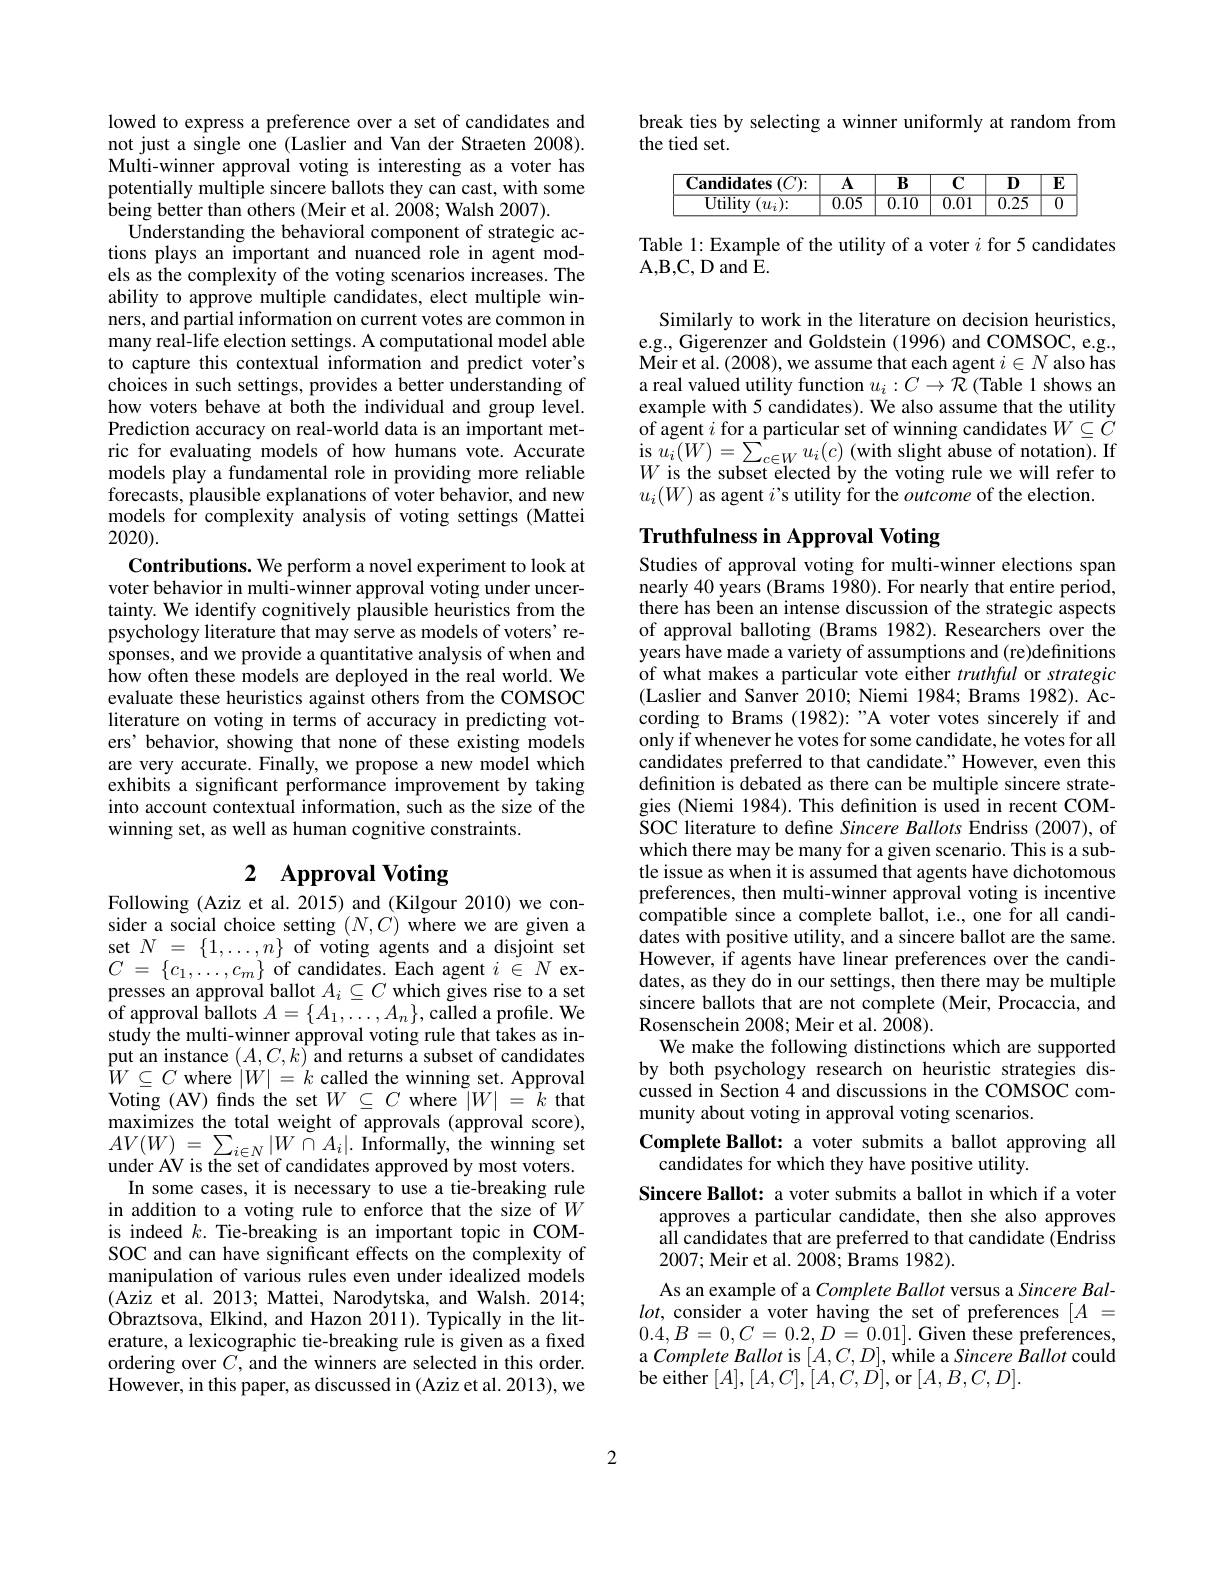
lowed to express a preference over a set of candidates and not just a single one (Laslier and Van der Straeten 2008). Multi-winner approval voting is interesting as a voter has potentially multiple sincere ballots they can cast, with some $\hat{\text{being better than others }}($Meir et al. 2008; Walsh 2007).
Understanding the behavioral component of strategic actions plays an important and nuanced role in agent models as the complexity of the voting scenarios increases. The ability to approve multiple candidates, elect multiple winners, and partial information on current votes are common in many real-life election settings. A computational model able to capture this contextual information and predict voter's choices in such settings, provides a better understanding of how voters behave at both the individual and group level. Prediction accuracy on real-world data is an important metric for evaluating models of how humans vote. Accurate models play a fundamental role in providing more reliable forecasts, plausible explanations of voter behavior, and new models for complexity analysis of voting settings (Mattei 2020).
Contributions. We perform a novel experiment to look at voter behavior in multi-winner approval voting under uncertainty. We identify cognitively plausible heuristics from the psychology literature that may serve as models of voters' responses, and we provide a quantitative analysis of when and how often these models are deployed in the real world. We evaluate these heuristics against others from the COMSOC literature on voting in terms of accuracy in predicting voters' behavior, showing that none of these existing models are very accurate. Finally, we propose a new model which exhibits a significant performance improvement by taking into account contextual information, such as the size of the winning set, as well as human cognitive constraints.

# 2 Approval Voting

Following (Aziz et al. 2015) and (Kilgour 2010) we consider a social choice setting $(N,C)$ where we are given a set$N_{\alpha}=\{1,\ldots,n\}$of voting agents and a disjoint set $C$ = $\{ c_{1}, \ldots , c_{m}\}$ of candidates. Each agent $i$ $\in$ $N$ expresses an approval ballot $A_i\subseteq C$ which gives rise to a set of approval ballots $A=\{A_1,\ldots,A_n\}$,called a profile. We study the multi-winner approval voting rule that takes as input an instance $(A,C,k)$ and returns a subset of candidates $\begin{array}{l}{\bar{W}\subseteq C\mathrm{~where~}|W|=k\mathrm{~called~the~winning~set.~Approval}}\\{\mathrm{Voting~(AV)~finds~the~set~}W\subseteq C\mathrm{~where~}|W|=k\mathrm{~that}}\end{array}$ maximizes the total weight of approvals (approval score), $AV(W)=\sum_{i\in N}|W\stackrel{\circ}{\cap}A_{i}|.$ Informally, the winning set under AV is the set of candidates approved by most voters.
In some cases, it is necessary to use a tie-breaking rule in addition to a voting rule to enforce that the size of $W$ is indeed $k.$ Tie-breaking is an important topic in COMSOC and can have significant effects on the complexity of manipulation of various rules even under idealized models (Aziz et al. 2013; Mattei, Narodytska, and Walsh. 2014; Obraztsova, Elkind, and Hazon 2011). Typically in the literature, a lexicographic tie-breaking rule is given as a fixed ordering over $C$, and the winners are selected in this order. However, in this paper, as discussed in (Aziz et al. 2013), we

break ties by selecting a winner uniformly at random from
the tied set.
$$\begin{array}{|c|c|c|c|c|c|c|}\hline\textbf{Candidates}(C){:}&\textbf{A}&\textbf{B}&\textbf{C}&\textbf{D}&\textbf{E}\\\hline\text{Utility}(u_i){:}&0.05&0.10&0.01&0.25&0\\\hline\end{array}$$
Table 1: Example of the utility of a voter $i$ for 5 candidates
A, B, C, D and E.

Similarly to work in the literature on decision heuristics, e.g., Gigerenzer and Goldstein (1996) and COMSOC, e.g., Meir et al. (2008), we assume that each agent $i\in N$ also has a real valued utility function $u_i:C\to\mathcal{R}$ (Table 1 shows an example with 5 candidates). We also assume that the utility $\hat{\text{of agent }i\text{ for a particular set of winning candidates }}W\subseteq\tilde{C}$ $\begin{array}{l}{\mathrm{is~}u_{i}(W)=\sum_{c\in W}u_{i}(c)\text{(with slight abuse of notation).If}}\\{W\text{is the subset elected by the voting rule we will refer to}}\end{array}$ $u_i(W)$ as agent $i$'s utility for the outcome of the election

# Truthfulness in Approval Voting Studies of approval voting for multi-winner elections span

nearly $40\hat{\text{ years }}($Brams 1980). For nearly that entire period, there has been an intense discussion of the strategic aspects of approval balloting (Brams 1982). Researchers over the years have made a variety of assumptions and (re)definitions of what makes a particular vote either truthful or strategic (Laslier and Sanver 2010; Niemi 1984; Brams 1982). According to Brams (1982):"A voter votes sincerely if and only if whenever he votes for some candidate, he votes for all candidates preferred to that candidate." However, even this definition is debated as there can be multiple sincere strategies (Niemi 1984). This defnition is used in recent COMSOC literature to define Sincere Ballots Endriss (2007), of which there may be many for a given scenario. This is a subtle issue as when it is assumed that agents have dichotomous preferences, then multi-winner approval voting is incentive compatible since a complete ballot, i.e., one for all candidates with positive utility, and a sincere ballot are the same However, if agents have linear preferences over the candidates, as they do in our settings, then there may be multiple sincere ballots that are not complete (Meir, Procaccia, and Rosenschein 2008; Meir et al. 2008).
We make the following distinctions which are supported by both psychology research on heuristic strategies discussed in Section 4 and discussions in the COMSOC community about voting in approval voting scenarios.
Complete Ballot: a voter submits a ballot approving all
candidates for which they have positive utility.
Sincere Ballot: a voter submits a ballot in which if a voter
approves a particular candidate, then she also approves all candidates that are preferred to that candidate (Endriss 2007; Meir et al. 2008; Brams 1982).
As an example of a Complete Ballot versus a Sincere Bal- $lot$, consider a voter having the set of preferences $[A=$ $0.4,B=0,C=0.2,D=0.01].$ Given these preferences, $\begin{array}{l}{\text{a Complete Ballot is }[A,C,D],\mathrm{~while~a~Sincere~}\hat{B}allot\mathrm{~could}}\\{\text{be either }[A],[A,C],[A,C,D],\mathrm{~or~}[A,B,C,D].}\end{array}$

2